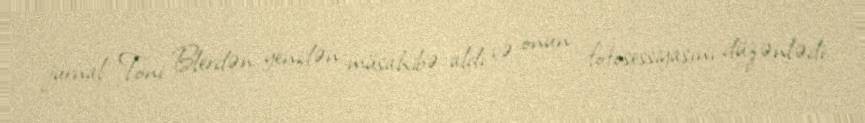
jurnal Toni Blerdən yenidən müsahibə aldı və onun fotosessiyasını düzənlədi.